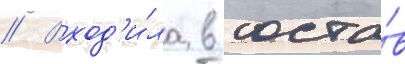
// Вход'и́ла в соста́в